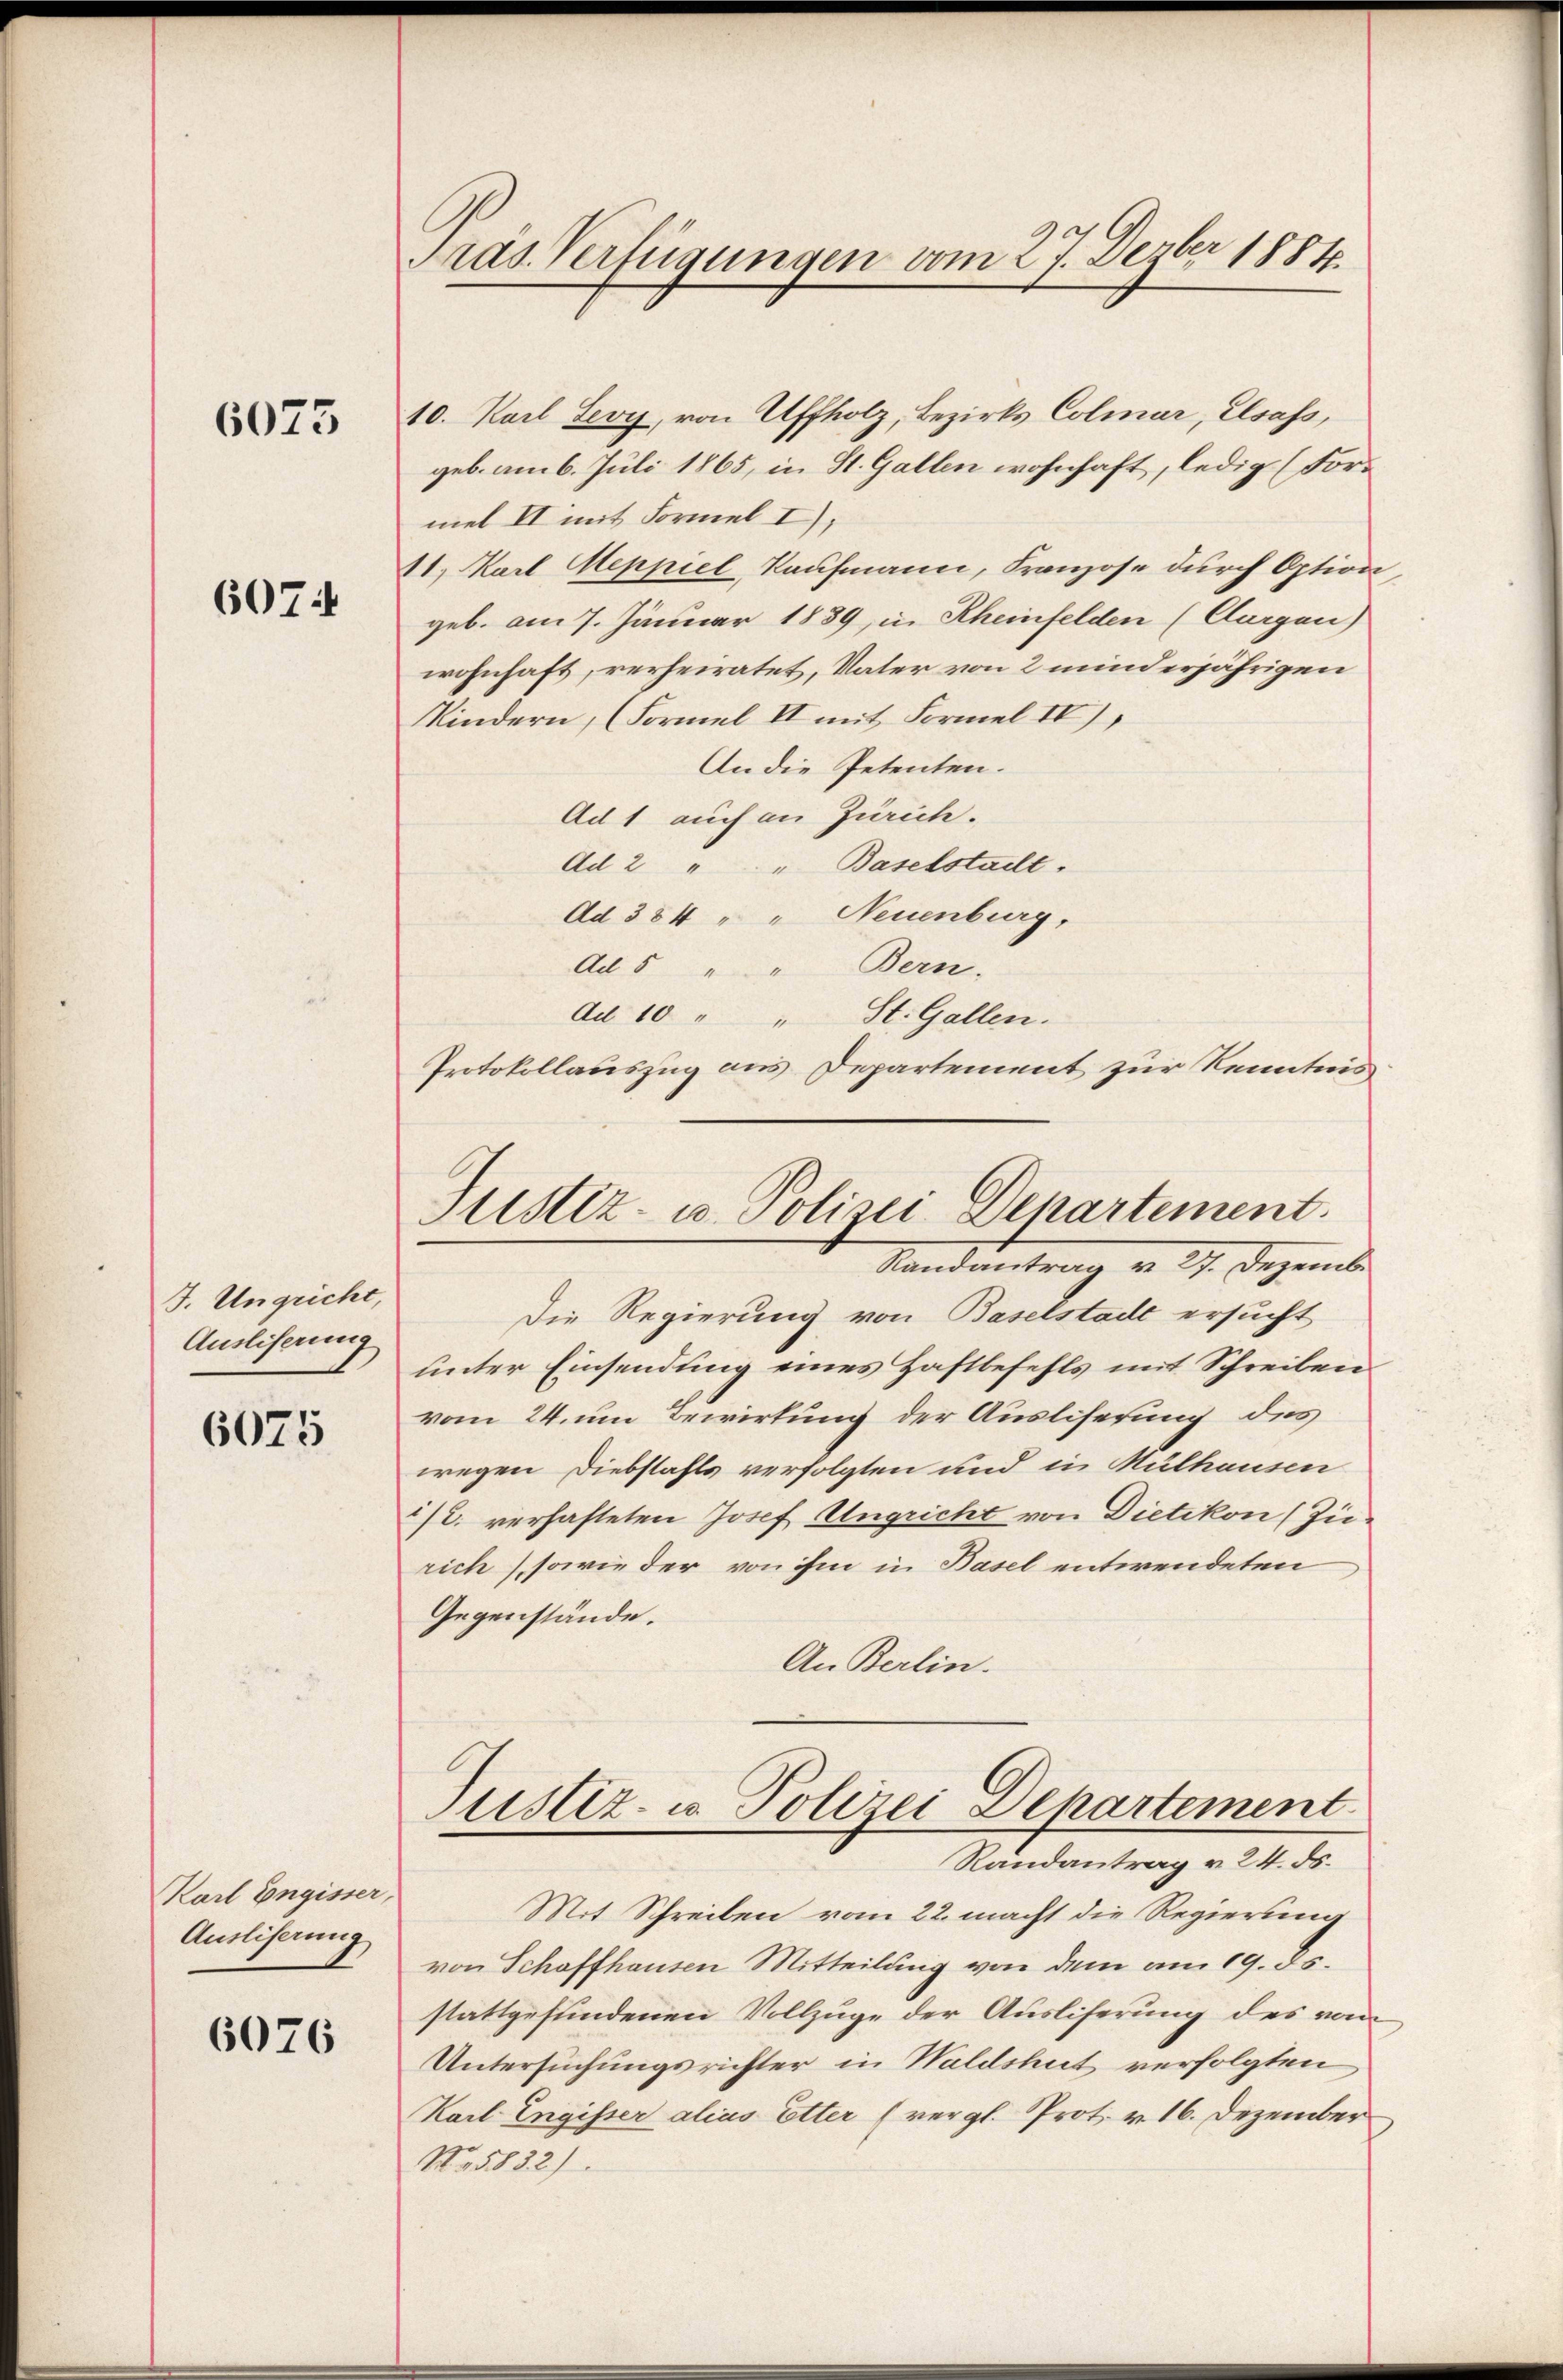
6073

6074

J. Ungricht,
Ausliserung

6075

Karl Engisser,
Ausliserung

6076

Gras Verfügungen vom 27. Dezbr 1881

10. Karl Leoy, von Affholz, Bezirks Colmar, Elsass,
geb. am 6. Juli 1865, in St. Gallen wohnhaft, ledig (Formel II mit Formel I),
11. Karl Meppiel, Kaufmann, Franzose durch Option
geb. am 7. Januar 1889, in Rheinfelden (Curgau)
wohnhaft, rerheiratet, Vater von 2 minderjährigen
Kindern, (Formel II mit Formel IV)
An die Petenten.
Ad 1 auch an Zürich.
Ad 2 " " Baselstadt.
Ad 384 " " Neuenburg,
Ad 5 " " Bern.
dd 10 " " St. Gallen.
Protokollauszug aus Departement zur Kenntnis
Die Regierung von Baselstadt ersucht
unter Einsendung eines Haftbefehls mit Schreiben
vom 24. um Bewirkung der Ausliserung des
wegen Diebstahls verfolgten und in Mülhausen
1/2. verhafteten Josef Ungricht von Dietikon (Zü-
rich sowie der von ihm in Basel entwendeten
Gegenstände.
An Berlin.
Justiz- u. Polizei Departement
Randantrag v. 24. ds.
Mit Schreiben vom 22. macht die Regierung
von Schaffhausen Mitteilung von dem am 19. ds.
stattgefundenen Vollzuge der Auslieferung des vom
Untersuchungsrichter in Waldshut verfolgten
Karl Engisser alias Etter (vergl. Prot. v. 16. Dezember
N.5832).

Justiz- u. Polizei Departement.
Standentrag v. 9. Dezembe